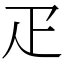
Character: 疋